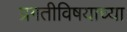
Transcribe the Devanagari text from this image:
प्रगतीविषयाच्या